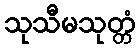
သုသီမသုတ္တံ